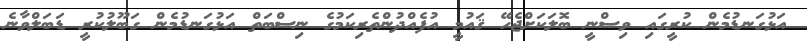
އަޅުގަނޑުމެން ކުރީގައި ވިސްނީ ބޮލަކަށްޖެހޭ ޤައުމީ އުފެއްދުންތެރިކަމުގެ ނިސްބަތް އަޅުގަނޑުމެން ގަބޫލުކުރީ ޑަބަލްވާނެ